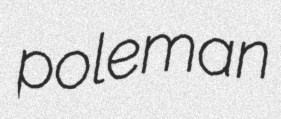
poleman